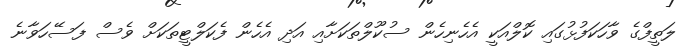
ލަތީފްގެ ވާހަކަފުޅުގައި ކޮލްއަކީ އެހެނިހެން ސުކޫލްތަކަށާއި އަދި އެހެން ފެކަލްޓީތަކަށް ވެސް ފަސޭހަވާނެ